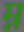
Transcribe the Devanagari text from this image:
म्न